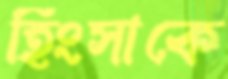
হিংসাকে